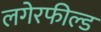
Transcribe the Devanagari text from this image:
लगेरफील्ड